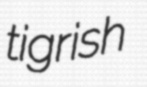
tigrish